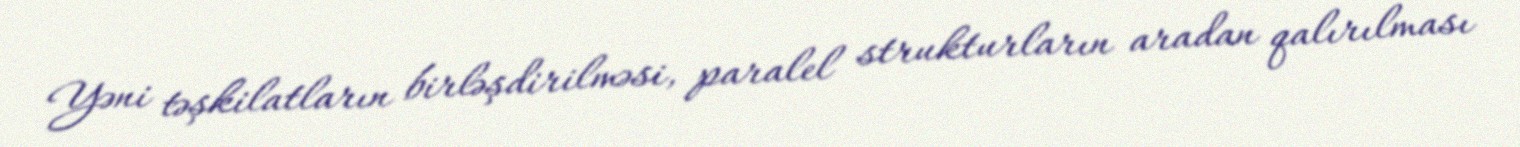
Yəni təşkilatların birləşdirilməsi, paralel strukturların aradan qalırılması